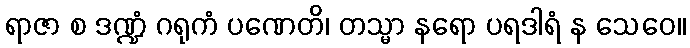
ရာဇာ စ ဒဏ္ဍံ ဂရုကံ ပဏေတိ၊ တသ္မာ နရော ပရဒါရံ န သေဝေ။